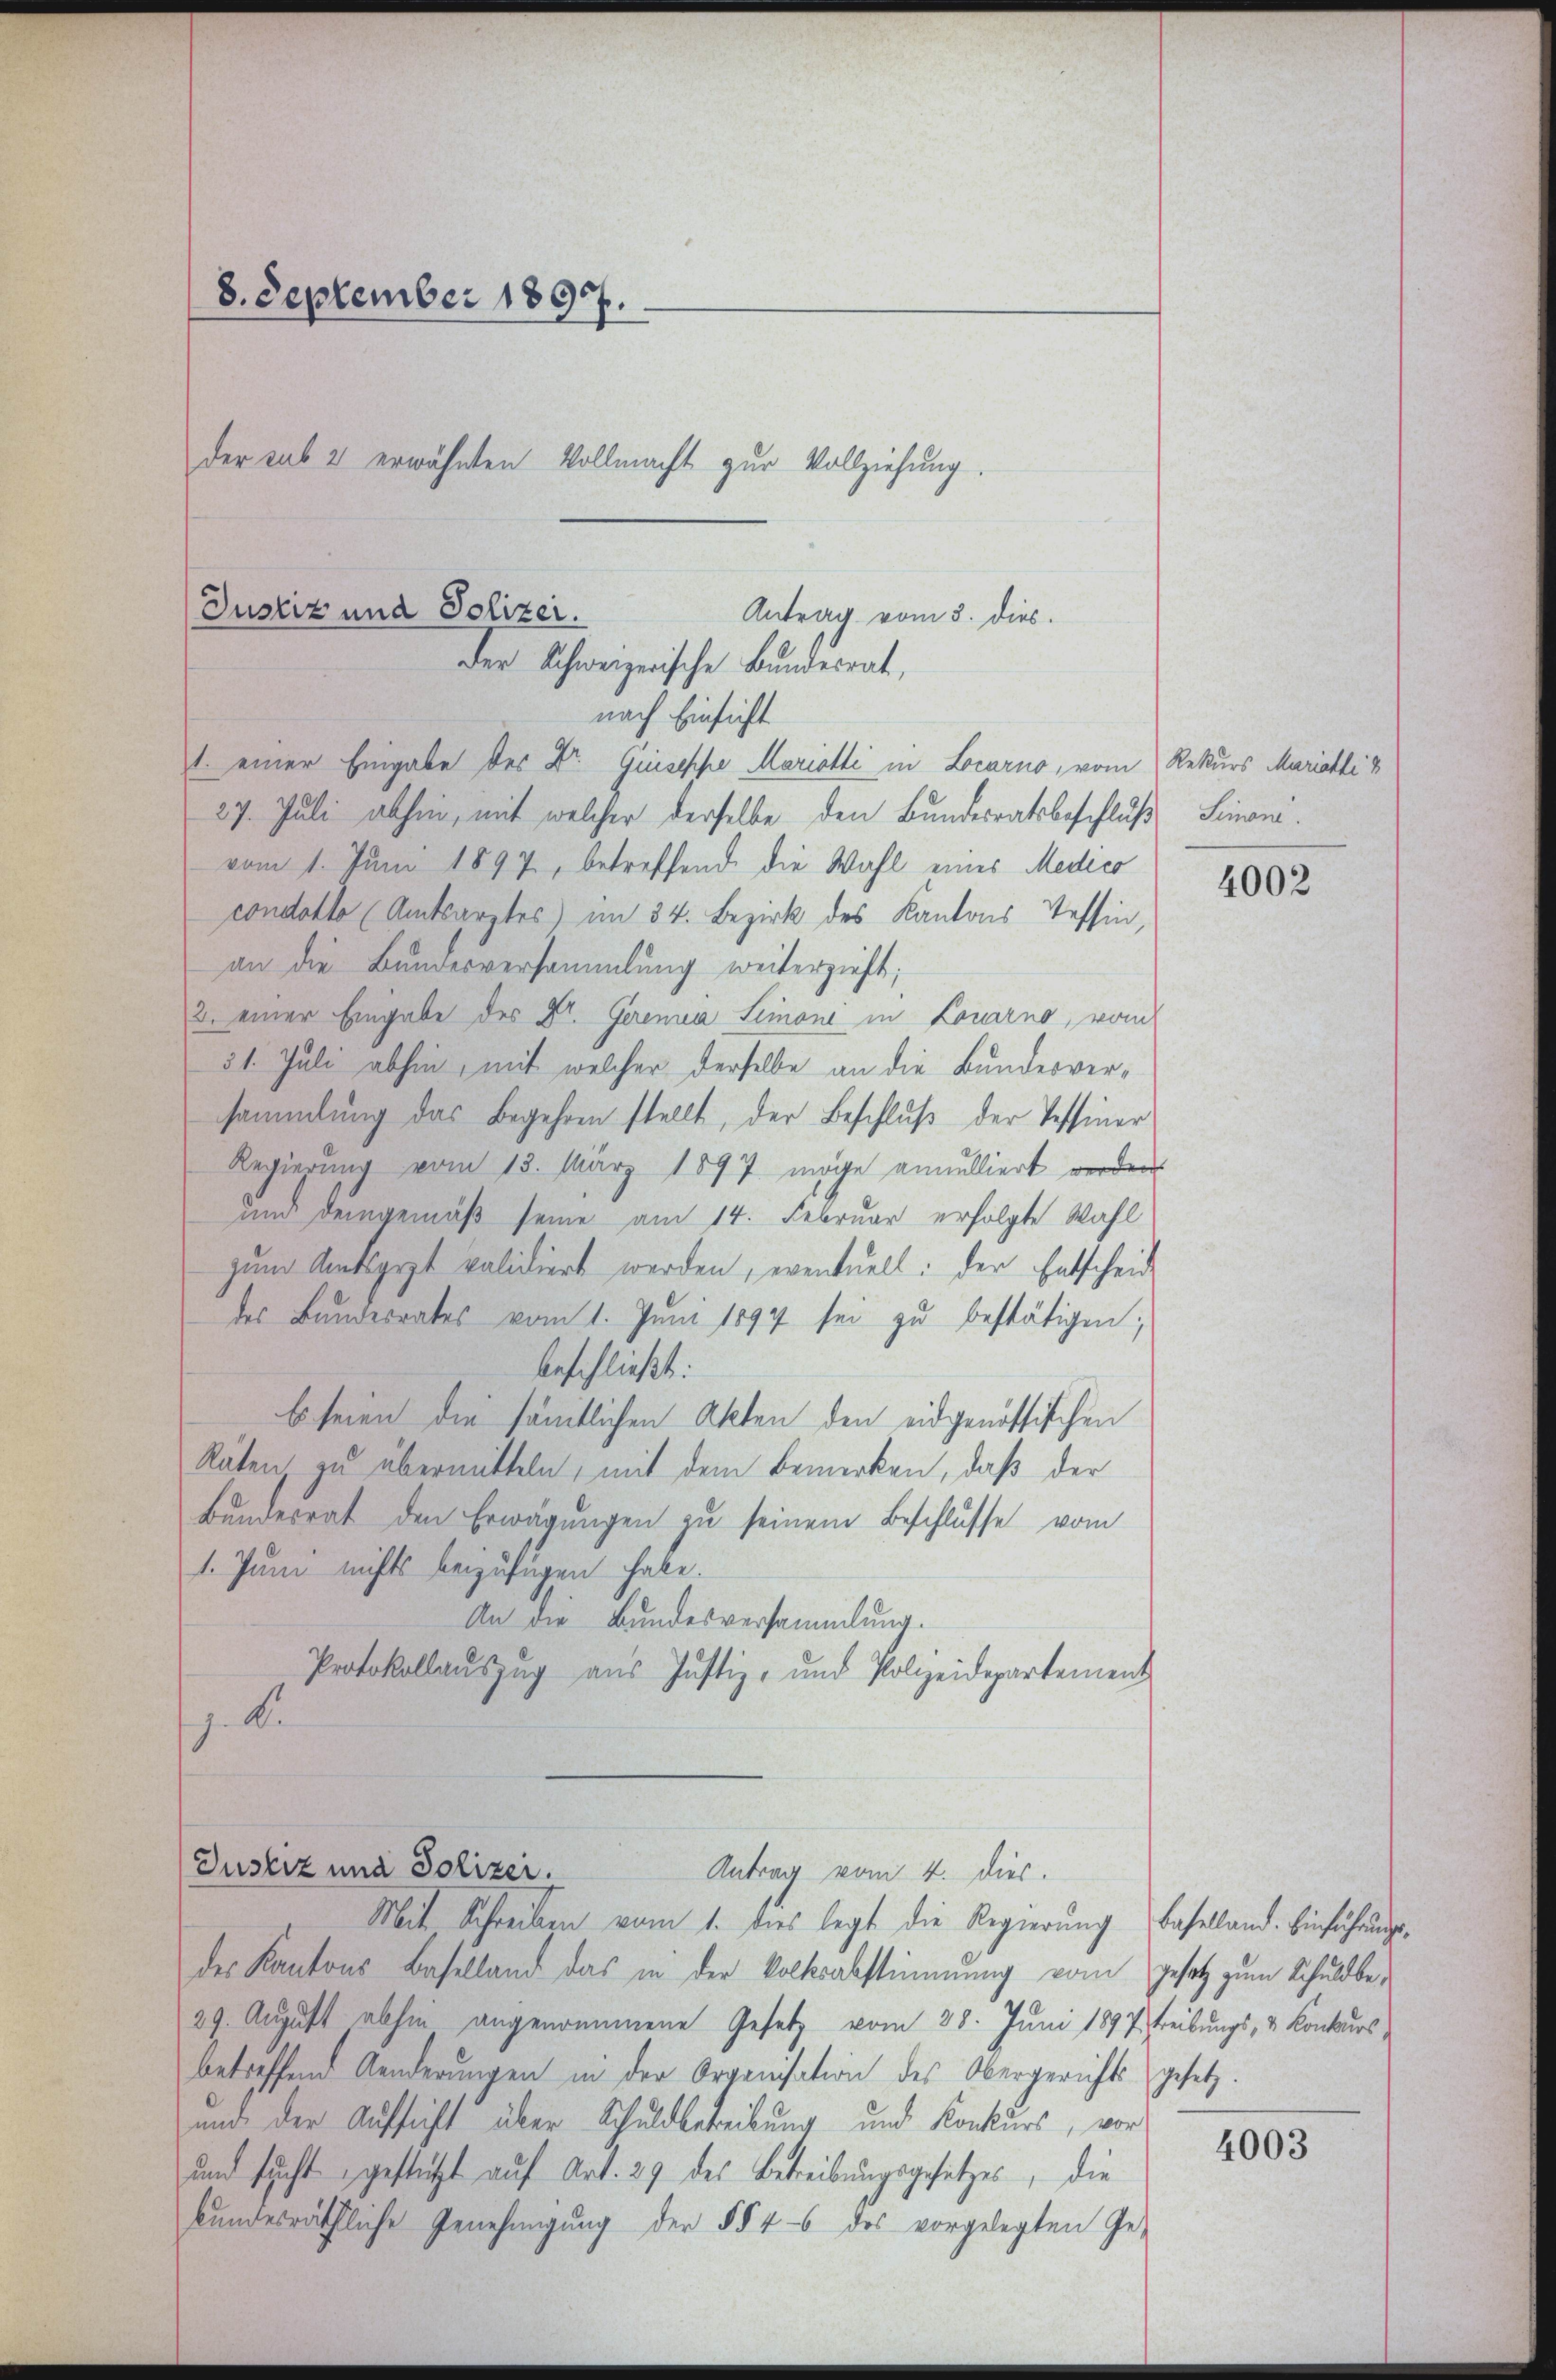
8. September 1897.
der sub 2 erwähnten Vollmacht zur Vollziehung.

Justiz und Polizei.
Antrag vom 3. dies.
Der Schweizerische Bundesrat,
nach Einsicht

1. einer Eingabe des Dr. Giuseppe Mariotti in Locarno, vom Rekurs Mariali &
27. Juli abhin, mit welcher derselbe den Bundesratsbeschluß Simoni.
vom 1. Juni 1897, betreffend die Wahl eines Medico
condotto (Amtsarztes im 34. Bezirk des Kantons Tessin,
an die Bundesversammlung weiterzieht;
2. einer Eingabe des Dr. Gerena Simone in Locarno, vom
31. Juli abhin, mit welcher derselbe an die Bundesversammlung das Begehren stellt, der Beschluß der Tessiner
Regierung vom 13. März 1897 möge annulliert werden
und demgemäß seine am 14. Februar erfolgte Wahl
zum Amtsgest validiert werden, eventuell: der Entscheid
des Bauderrates vom 1. Juni 1894 sei zu bestätigen;
beschließt:
Es seien die sämtlichen Akten den eidgenössischen
Räten zu übermitteln, mit dem Bemerken, daß der
Bŭndesrat den Erwägŭngen zu seinem Beschlüsse vom
1. Juni nichts beizufügen habe.
An die Bundesversammlung.
Protokollauszug aus Justiz- und Polizeidepartement
J. K.

Justiz und Polizei.
Antrag vom 4. dies.

Mit Schreiben vom 1. dies legt die Regierŭng Baselland. Einführŭngs-
des Kantons Baselland das in der Volksabstimmung vom gesetz zum Schuldbe¬
29. August abhin angenommene Gesetz vom 28. Juni 1897 treibungs- & Konkurs
betreffend Aenderungen in der Organisation des Obergerichts gesetz-
und der Aufsicht über Schuldbetreibung und Konkurs, vor
und sucht gestützt auf Art. 29 des Betreibungsgesetzes, die
bŭndesräthliche Genehmigŭng der §§ 46 des vorgelegten Ge-

4002

4003